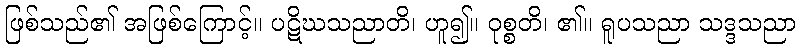
ဖြစ်သည်၏ အဖြစ်ကြောင့်။ ပဋိဃသညာတိ၊ ဟူ၍။ ဝုစ္စတိ၊ ၏။ ရူပသညာ သဒ္ဒသညာ